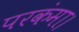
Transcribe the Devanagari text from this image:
परकंमा।